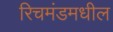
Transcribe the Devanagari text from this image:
रिचमंडमधील